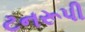
ટનરૂપી